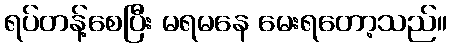
ရပ်တန့်စေပြီး မရမနေ မေးရတော့သည်။